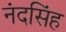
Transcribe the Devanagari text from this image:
नंदसिंह